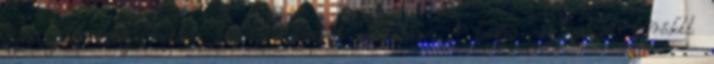
szomszédok kényelmetlen kíváncsiskodását elkerülje. A hajón egy szálka fúródott